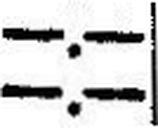
—.—